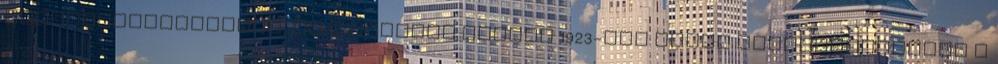
visszacsatolásáról, és a hűséges falvak 1923-ban ismét visszatérhettek a